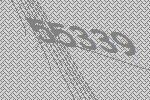
55339